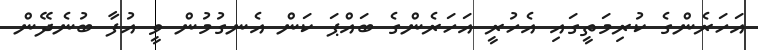
އަހަރެންގެ ކުރިމަތީގައި އެހުރީ އަހަރެންގެ ބައްޕަ ކަން އެނގުމުން ވީ އުފާ ބުނެދޭން